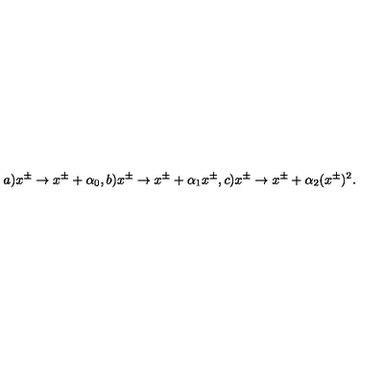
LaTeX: a ) x ^ { \pm } \rightarrow x ^ { \pm } + \alpha _ { 0 } , b ) x ^ { \pm } \rightarrow x ^ { \pm } + { \alpha _ { 1 } } x ^ { \pm } , c ) x ^ { \pm } \rightarrow { x ^ { \pm } } + \alpha _ { 2 } ( x ^ { \pm } ) ^ { 2 } .